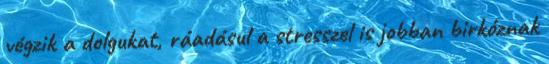
végzik a dolgukat, ráadásul a stresszel is jobban birkóznak